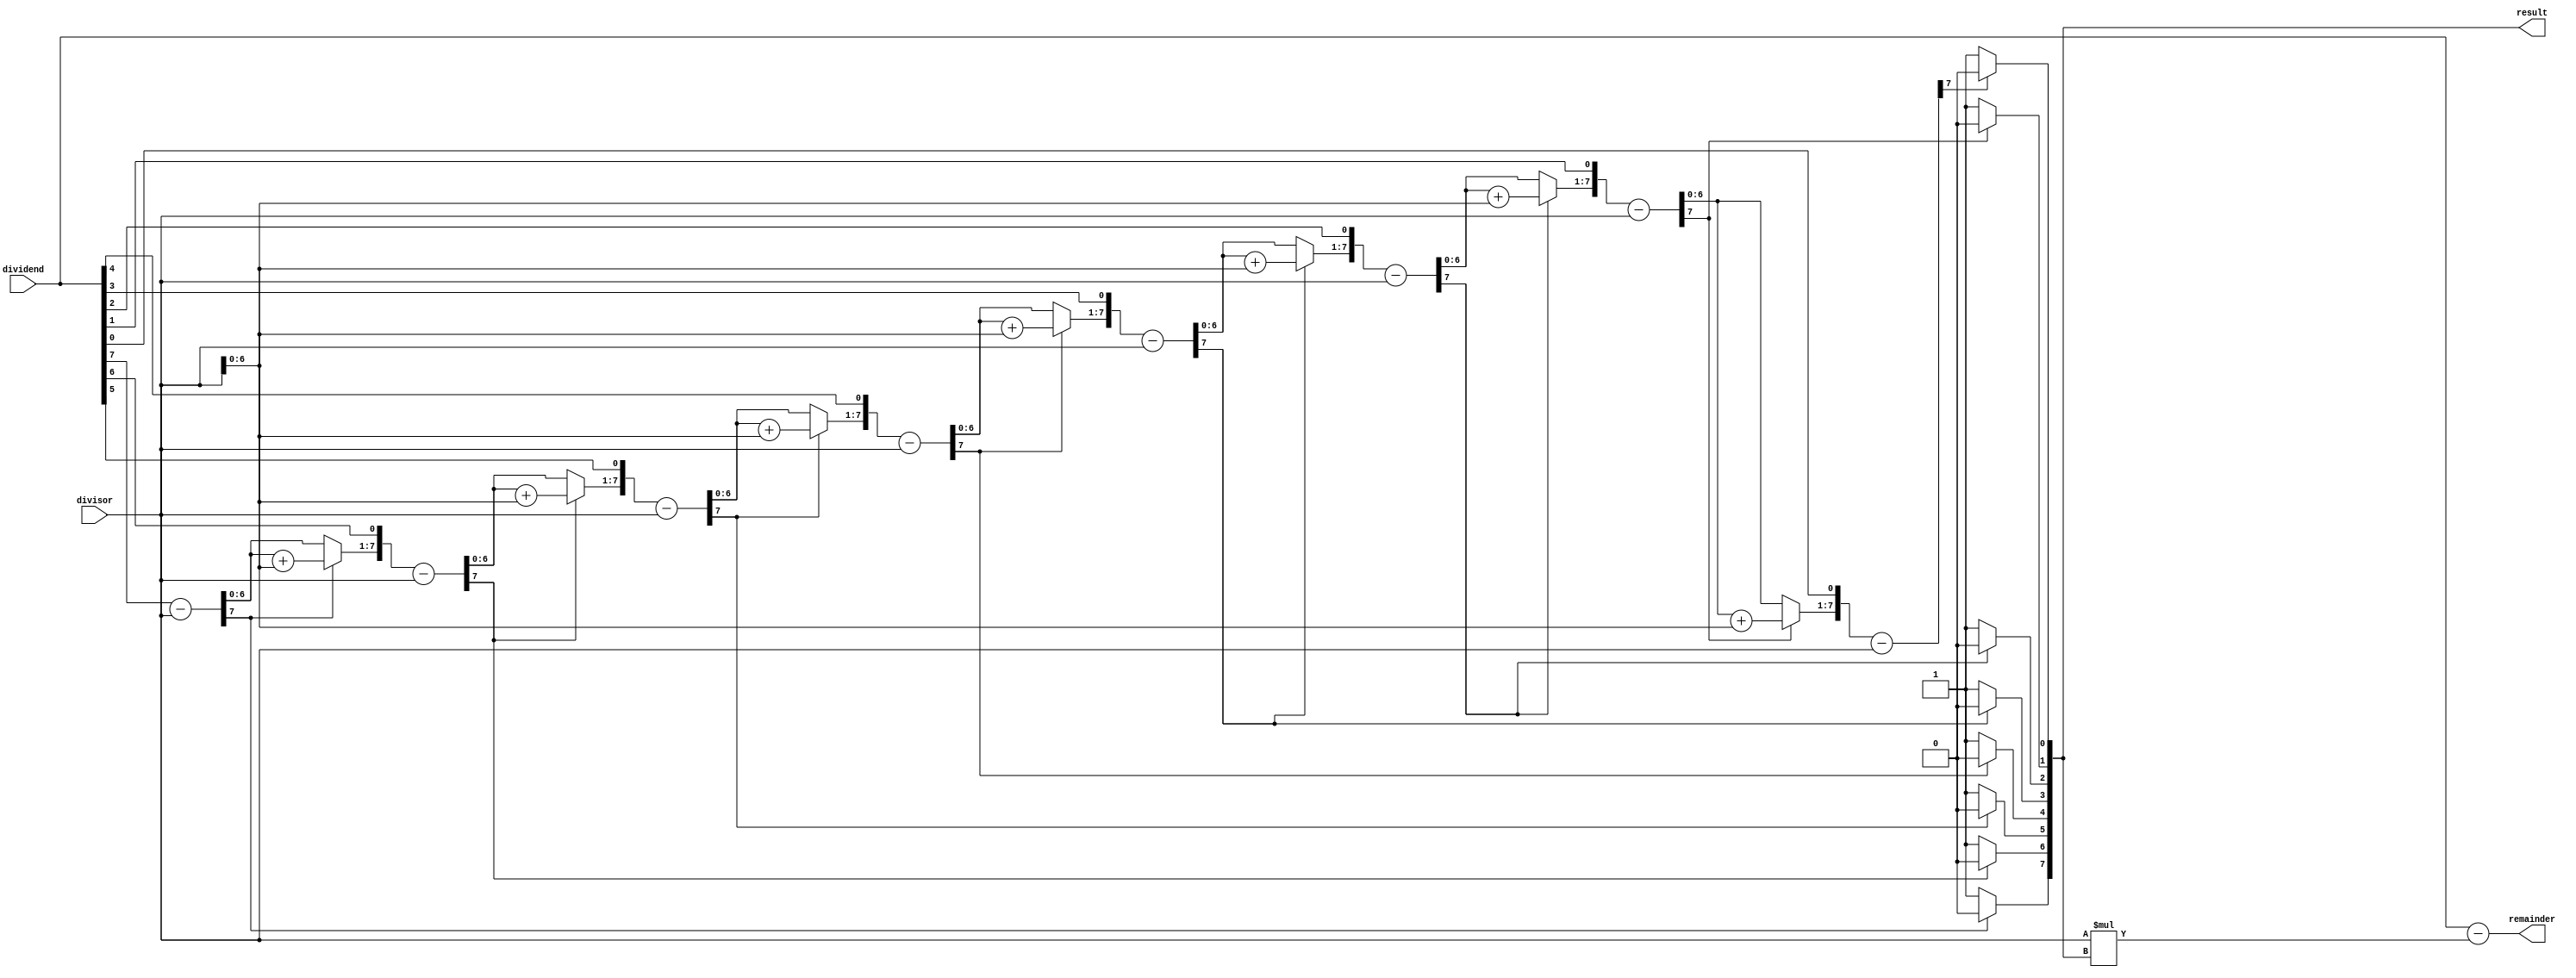
`timescale 1ns / 1ps
//////////////////////////////////////////////////////////////////////////////////
//
// 
//
// Module: Division
//
// Description: Implementation of 8-bit Division Algorithm.
//
//////////////////////////////////////////////////////////////////////////////////
module division(divisor, dividend, remainder, result);

input [7:0] divisor, dividend;
output reg [7:0] result, remainder;

// Variables
integer i;
reg [7:0] divisor_copy, dividend_copy;
reg [7:0] temp;

always @(divisor or dividend)
begin
	divisor_copy = divisor;
	dividend_copy = dividend;
	temp = 0; 
	for(i = 0;i < 8;i = i + 1)
	begin
		temp = {temp[6:0], dividend_copy[7]};
		dividend_copy[7:1] = dividend_copy[6:0];
		/*
			* Substract the Divisor Register from the Remainder Register and
			* plave the result in remainder register (temp variable here!)
		*/
		temp = temp - divisor_copy;
		// Compare the Sign of Remainder Register (temp)
		if(temp[7] == 1)
		begin
		/*
			* Restore original value by adding the Divisor Register to the
			* Remainder Register and placing the sum in Remainder Register.
			* Shift Quatient by 1 and Add 0 to last bit.
		*/
			dividend_copy[0] = 0;
			temp = temp + divisor_copy;
		end
		else
		begin
		/*
			* Shift Quatient to left.
			* Set right most bit to 1.
		*/
			dividend_copy[0] = 1;
		end
	end
	result = dividend_copy;
	remainder = dividend - (divisor_copy*dividend_copy);
end
endmodule